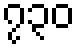
၇၃၀